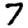
Digit: 7